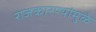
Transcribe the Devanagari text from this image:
राजकारण्यांमुळे